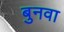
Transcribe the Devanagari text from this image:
बुनवा